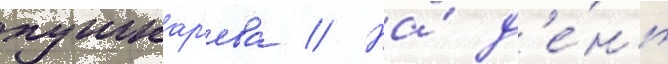
пушкар'ева // На́ д'е́нь